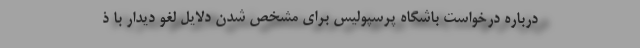
درباره درخواست باشگاه پرسپولیس برای مشخص شدن دلایل لغو دیدار با ذ